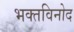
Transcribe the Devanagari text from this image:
भक्तविनोद